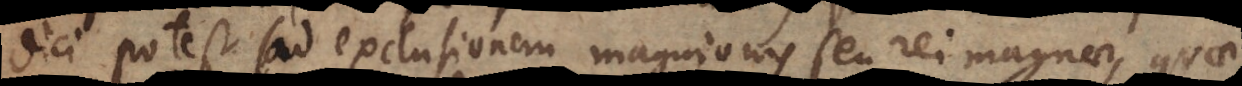
dici potest (ad exclusionem magnionis seu rei magnae, quae